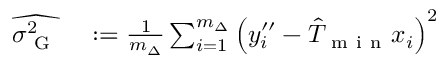
\begin{array} { r l } { \widehat { \sigma _ { \mathrm { ~ G ~ } } ^ { 2 } } } & { { } : = \frac { 1 } { m _ { \Delta } } \sum _ { i = 1 } ^ { m _ { \Delta } } \left( y _ { i } ^ { \prime \prime } - \hat { T } _ { \mathrm { ~ m ~ i ~ n ~ } } x _ { i } \right) ^ { 2 } } \end{array}